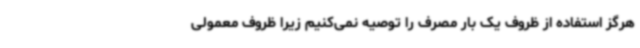
هرگز استفاده از ظروف یک‌ بار مصرف را توصیه نمی‌کنیم زیرا ظروف معمولی